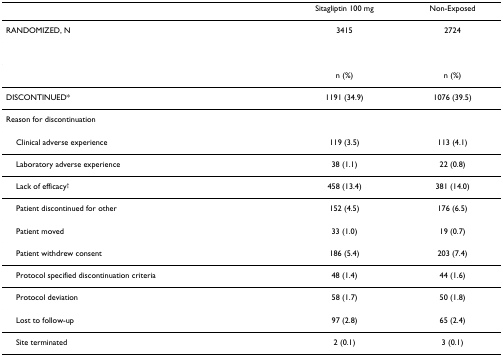
|  | Sitagliptin 100 mg | Non-Exposed |
 | --- | --- | --- |
 | RANDOMIZED, N | 3415 | 2724 |
 |  | n (%) | n (%) |
 | DISCONTINUED* | 1191 (34.9) | 1076 (39.5) |
 | Reason for discontinuation |  |  |
 | Clinical adverse experience | 119 (3.5) | 113 (4.1) |
 | Laboratory adverse experience | 38 (1.1) | 22 (0.8) |
 | Lack of efficacy† | 458 (13.4) | 381 (14.0) |
 | Patient discontinued for other | 152 (4.5) | 176 (6.5) |
 | Patient moved | 33 (1.0) | 19 (0.7) |
 | Patient withdrew consent | 186 (5.4) | 203 (7.4) |
 | Protocol specified discontinuation criteria | 48 (1.4) | 44 (1.6) |
 | Protocol deviation | 58 (1.7) | 50 (1.8) |
 | Lost to follow-up | 97 (2.8) | 65 (2.4) |
 | Site terminated | 2 (0.1) | 3 (0.1) |